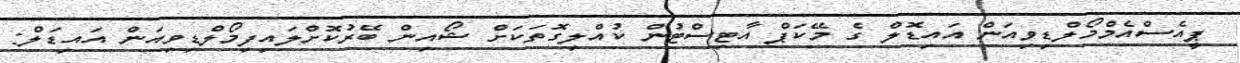
ޕީއެސްއެމްމޯލްޑިވިއަން އައިޑޮލް ގެ މޭކަޕް އާޓިސްޓުން ކުއްލިގޮތަކަށް ޝޯއިން ބޭރުކޮށްލައިފިމޯލްޑިވިއަން އައިޑަލް: